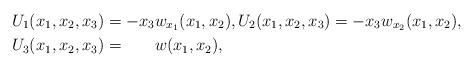
LaTeX: \begin{align*}U_{1}(x_{1}, x_{2}, x_{3}) &= -x_{3} w_{x_{1}}(x_{1}, x_{2}), U_{2}(x_{1}, x_{2}, x_{3}) = -x_{3} w_{x_{2}}(x_{1}, x_{2}), \\U_{3}(x_{1}, x_{2}, x_{3}) &= \phantom{-x_{3}}w(x_{1}, x_{2}),\end{align*}